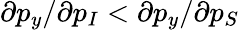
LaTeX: \partial p_{y}/\partial p_{I}<\partial p_{y}/\partial p_{S}